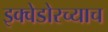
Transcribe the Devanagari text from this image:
इक्वेडोरच्याच